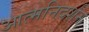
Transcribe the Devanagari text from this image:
आत्मनिदर्शन